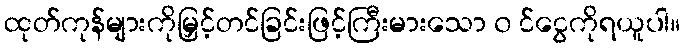
ထုတ်ကုန်များကိုမြှင့်တင်ခြင်းဖြင့်ကြီးမားသော ၀ င်ငွေကိုရယူပါ။